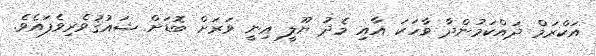
އަކްރަމް ދައްކަމުންދާ ވާހަކަ އާއި މެދު ޔޫލީ އިނީ ވަރަށް ބޮޑަށް ޝައުޤުވެރިވެފައެވެ.